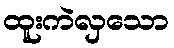
ထူးကဲလှသော